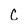
Character: c